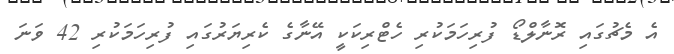
އެ މެޗުގައި ރޮނާލްޑޯ ފުރިހަމަކުރި ހެޓްރިކަކީ އޭނާގެ ކެރިޔަރުގައި ފުރިހަމަކުރި 42 ވަނަ